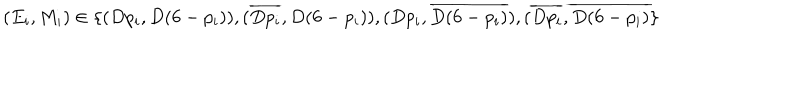
( E _ { i } , M _ { i } ) \in \{ ( D p _ { i } , D ( 6 - p _ { i } ) ) , ( \overline { { { D p _ { i } } } } , D ( 6 - p _ { i } ) ) , ( D p _ { i } , \overline { { { D ( 6 - p _ { i } ) } } } ) , ( \overline { { { D p _ { i } } } } , \overline { { { D ( 6 - p _ { i } ) } } } \}